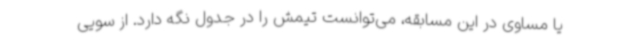
یا مساوی در این مسابقه، می‌توانست تیمش را در جدول نگه دارد. از سویی